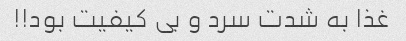
غذا به شدت سرد و بی کیفیت بود!!